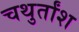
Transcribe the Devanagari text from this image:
चथुर्तांश